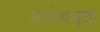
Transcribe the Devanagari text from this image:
अशोथयुक्त